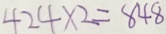
4 2 4 \times 2 = 8 4 8